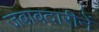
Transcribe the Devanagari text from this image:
जबाबदारीनें